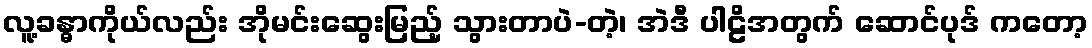
လူ့ခန္ဓာကိုယ်လည်း အိုမင်းဆွေးမြည့် သွားတာပဲ-တဲ့၊ အဲဒီ ပါဠိအတွက် ဆောင်ပုဒ် ကတော့